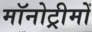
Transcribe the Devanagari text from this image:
मॉनोट्रीमों